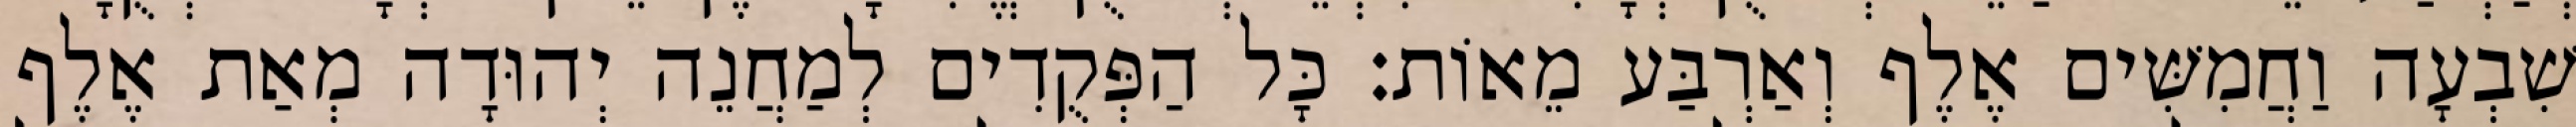
שִׁבְעָה וַחֲמִשִּׁים אֶלֶף וְאַרְבַּע מֵאוֹת׃ כָּל הַפְּקֻדִים לְמַחֲנֵה יְהוּדָה מְאַת אֶלֶף